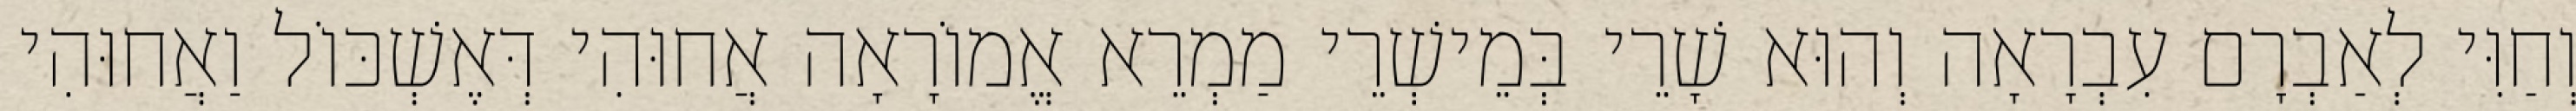
וְחַוִּי לְאַבְרָם עִבְרָאָה וְהוּא שָׁרֵי בְּמֵישְׁרֵי מַמְרֵא אֱמוֹרָאָה אֲחוּהִי דְּאֶשְׁכּוֹל וַאֲחוּהִי